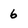
Character: 6